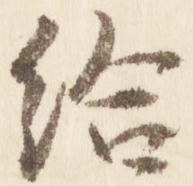
給